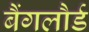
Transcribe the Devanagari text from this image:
बैंगलौर्ड